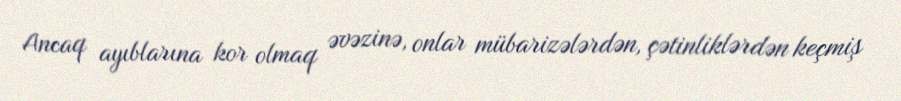
Ancaq ayıblarına kor olmaq əvəzinə, onlar mübarizələrdən, çətinliklərdən keçmiş